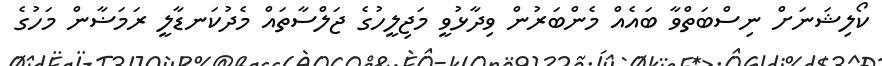
ކޯލިޝަނަށް ނިސްބަތްވާ ބައެއް މެންބަރުން ވިދާޅުވީ މަޖިލީހުގެ ޖަލްސާތައް މެދުކަނޑާލީ ރަމަޟާން މަހުގެ